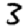
Digit: 3